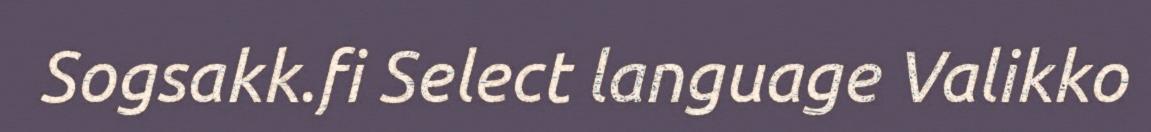
Sogsakk.fi Select language Valikko